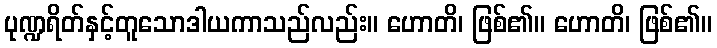
ပုဏ္ဍရိတ်နှင့်တူသောဒါယကာသည်လည်း။ ဟောတိ၊ ဖြစ်၏။ ဟောတိ၊ ဖြစ်၏။